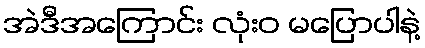
အဲဒီအကြောင်း လုံးဝ မပြောပါနဲ့